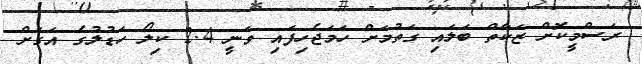
ރަސްމީކޮށް ޒަކާތް ބަލައި ގަތުމަށް ހަމަޖެހިފައި ވަނީ 2.4 ކިލޯ ހަޑުލުގެ އަގަށް